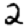
Digit: 2